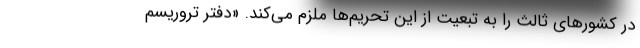
در کشورهای ثالث را به تبعیت از این تحریم‌ها ملزم می‌کند. «دفتر تروریسم